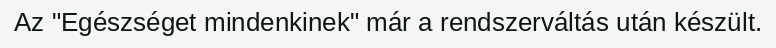
Az "Egészséget mindenkinek" már a rendszerváltás után készült.